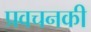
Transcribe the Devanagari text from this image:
प्रवचनकी